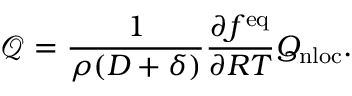
\mathcal { Q } = \frac { 1 } { \rho ( D + \delta ) } \frac { \partial f ^ { \mathrm { e q } } } { \partial R T } Q _ { \mathrm { n l o c } } .